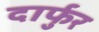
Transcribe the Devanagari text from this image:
दार्फुर